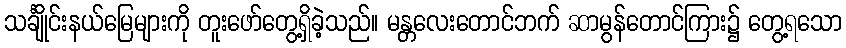
သင်္ချိုင်းနယ်မြေများကို တူးဖော်တွေ့ရှိခဲ့သည်။ မန္တလေးတောင်ဘက် ဆာမွန်တောင်ကြား၌ တွေ့ရသော